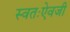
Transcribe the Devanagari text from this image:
स्वतःऐवजी